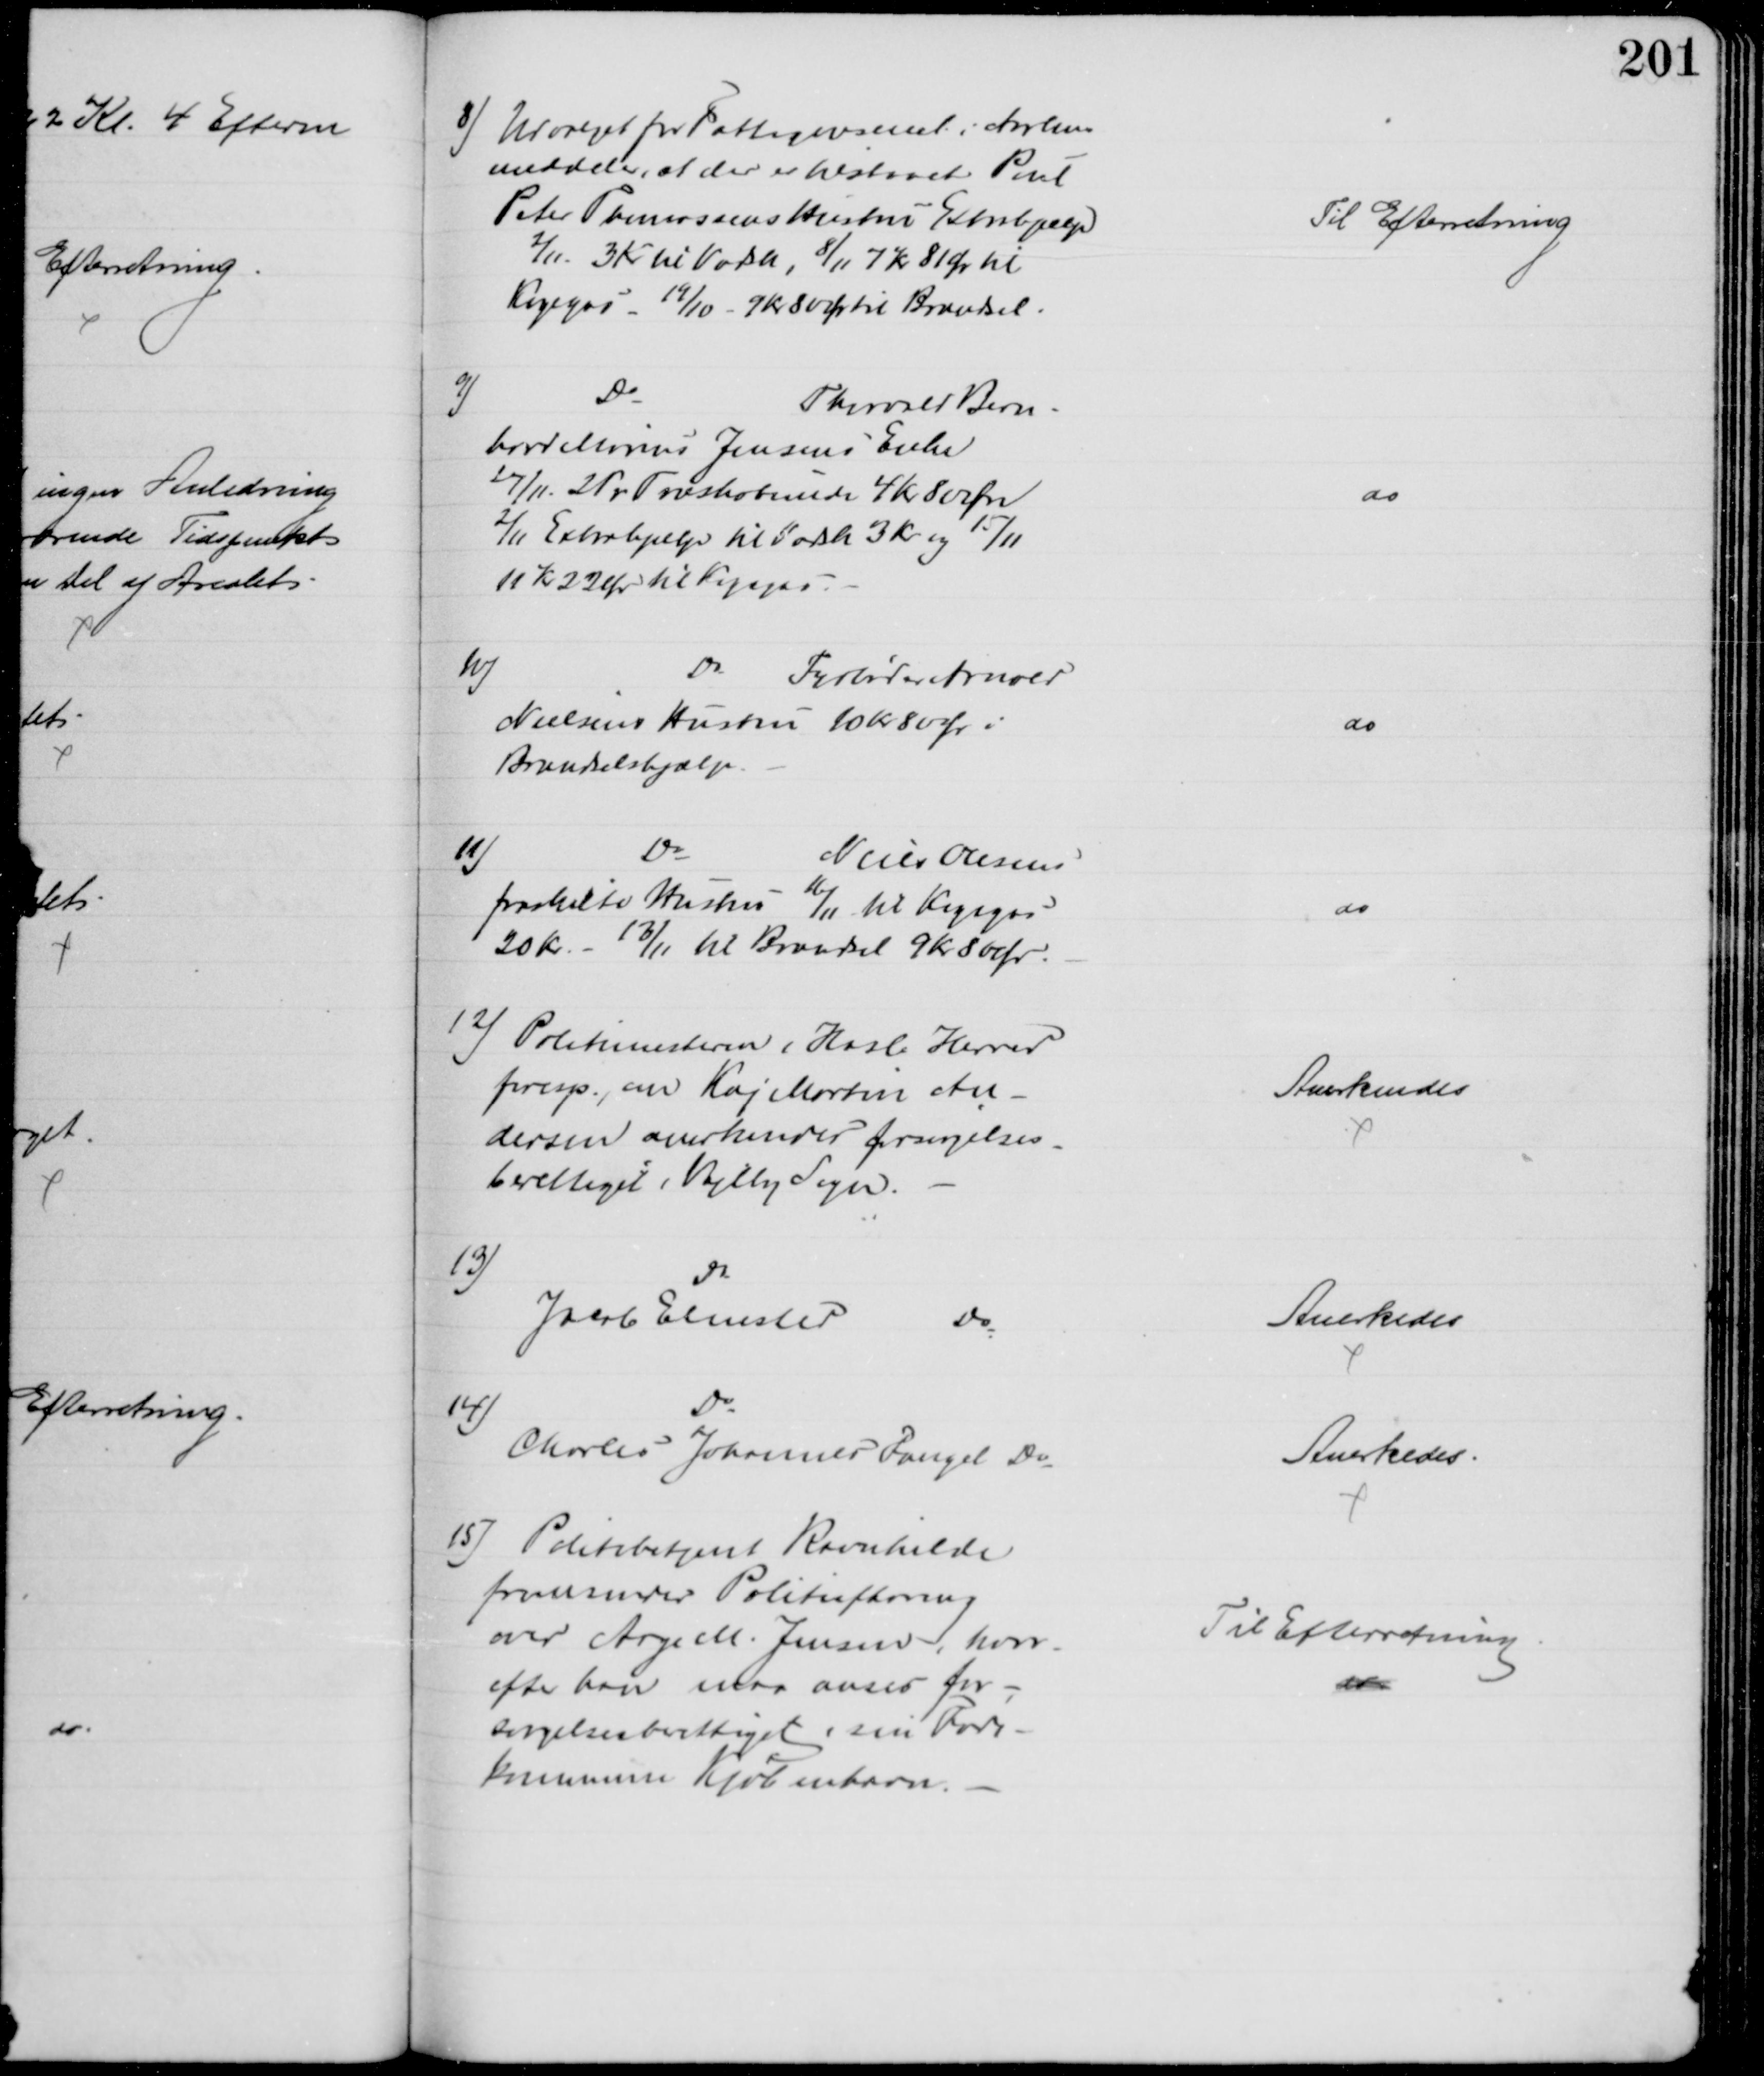
Transskription:
8) Udvalget for Fattigvæsenet i Aarhus
meddeler, at der er tilstaaet Poul
Peter Thomassens Hustru Extrahjælp
2/11 3 Kr til Vadsk, 8/11 7 Kr 81 Ør til
Kogegas - 19/10 - 9 Kr 80 Ør til Brændsel
Til Efterretning
9)
Do
Thorvald Bern-
hard Marius Jensens Enke
27/11. 2 Pr Træskobunde 4 Kr 80 Øre
2/11 Extrahjælp til Vadsk 3 Kr og 15/11
11 K 22 Ør til Kogegas.
do
10)
Do 
Fyrbøder Arnold
Nielsens Hustru 10 Kr 80 Ør i
Brændselshjælp
do
11)
Do
Niels Olesens
fraskilte Hustru 16/11 til Kogegas
20 Kr. - 13/11 til Brændsel 9 Kr 80 Ør.
do
12) Politimesteren i Hasle Herred
foresp., om Kaj Martin An-
dersen anerkendes forsørgelses-
berettiget i Vejlby Sogn.
Anerkendes
13)
Do
Jacob Elmsted 
Do
Anerkedes
14)
Charles Johannes Fangel Do
Anerkedes.
15) Politibetjent Ravnkilde
fremsender Politiafhøring
over Aage M. Jensen, hvor-
efter han maa anses for-
sørgelsesberettiget i sin Føde-
kommune Kjøbenhavn.
Til Efterretning
do